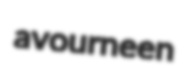
avourneen